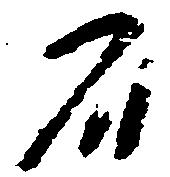
石